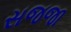
સજજા